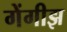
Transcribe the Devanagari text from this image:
गेंगीझ